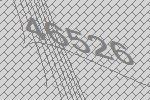
46526